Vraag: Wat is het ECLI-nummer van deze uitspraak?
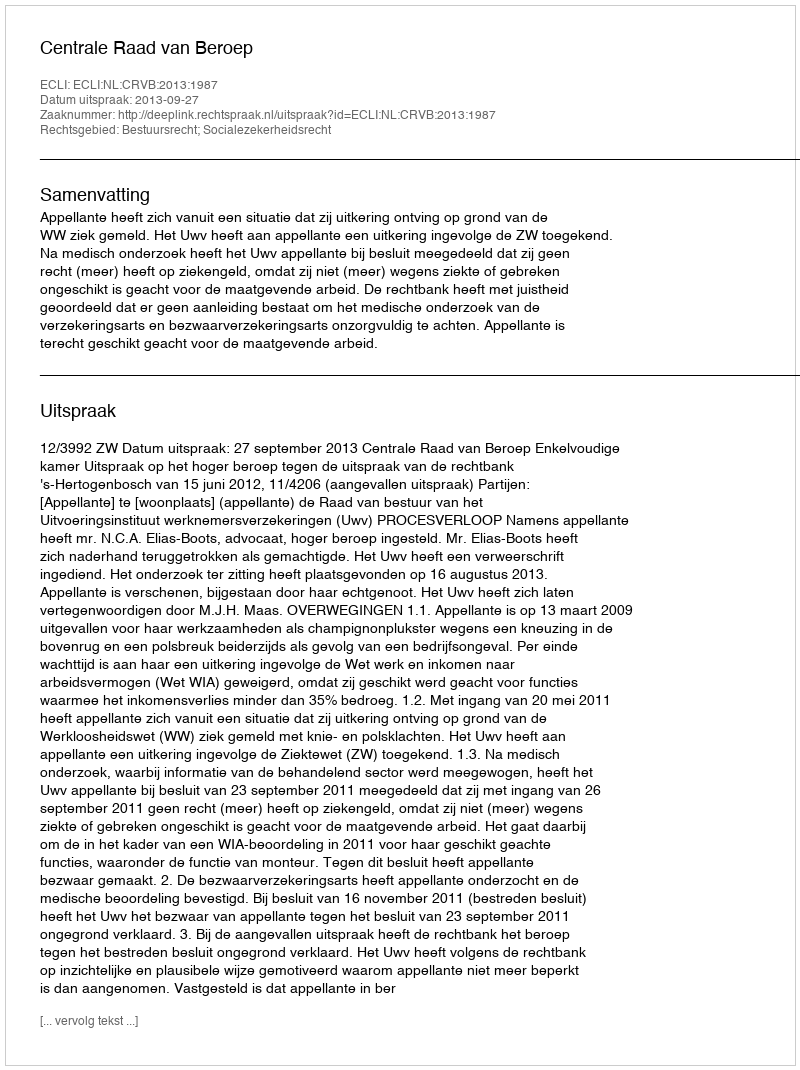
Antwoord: ECLI:NL:CRVB:2013:1987